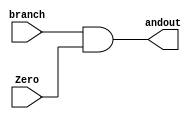
module ANDGATE(branch, Zero, andout);

    input branch;
    input Zero;

    output andout;

    assign andout = branch & Zero;


endmodule